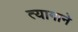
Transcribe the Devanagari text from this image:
त्यागाने